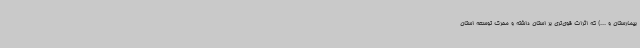
بیمارستان و ...) که اثرات قوی‌تری بر استان داشته و محرک توسعه استان